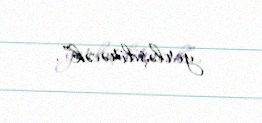
yerləşdirəcək”.